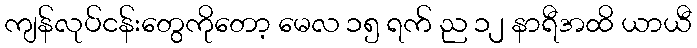
ကျန်လုပ်ငန်းတွေကိုတော့ မေလ ၁၅ ရက် ည ၁၂ နာရီအထိ ယာယီ